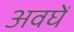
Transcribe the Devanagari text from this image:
अवघें